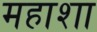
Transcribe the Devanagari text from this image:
महाशा